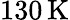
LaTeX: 130\, \mathrm{K}